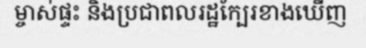
ម្ចាស់ផ្ទះ និងប្រជាពលរដ្ឋក្បែរខាងឃើញ